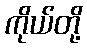
ကိုယ်တို့